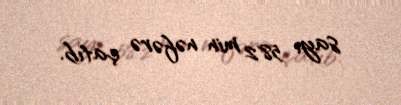
sayı 582 min nəfərə çatıb.